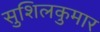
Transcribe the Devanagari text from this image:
सुशिलकुमार